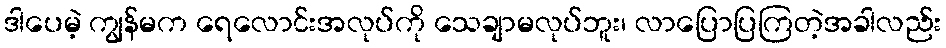
ဒါပေမဲ့ ကျွန်မက ရေလောင်းအလုပ်ကို သေချာမလုပ်ဘူး၊ လာပြောပြကြတဲ့အခါလည်း